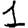
Digit: 1